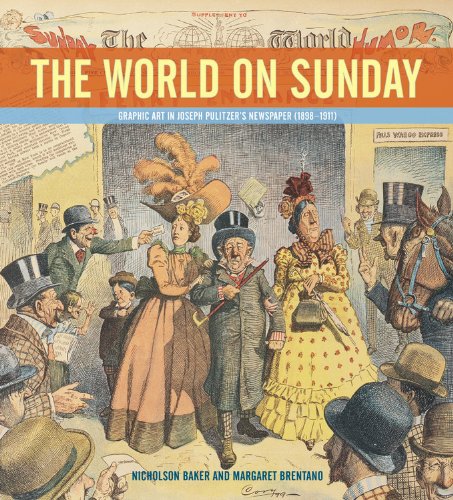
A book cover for The World on Sunday : Graphic Art in Joseph Pulitzer's Newspaper (1898 - 1911); Nicholson Baker; Crafts, Hobbies & Home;